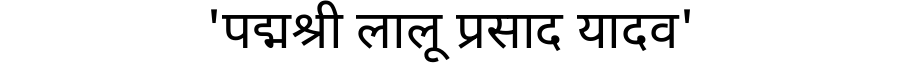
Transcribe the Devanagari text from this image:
'पद्मश्री लालू प्रसाद यादव'